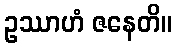
ဥဿာဟံ ဇနေတိ။